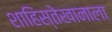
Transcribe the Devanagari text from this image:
शाहिस्तेखानाला